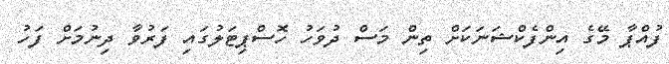
ފުއްޕާ މޭގެ އިންފެކްޝަނަކަށް ތިން މަސް ދުވަހު ހޮސްޕިޓަލުގައި ފަރުވާ ދިނުމަށް ފަހު